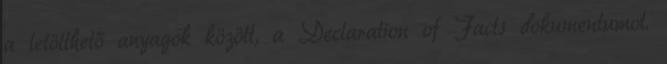
a letölthető anyagok között, a Declaration of Facts dokumentumot.